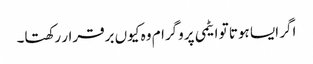
اگر ایسا ہوتا تو ایٹمی پروگرام وہ کیوں برقرار رکھتا۔